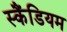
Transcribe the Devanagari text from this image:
स्कैंडियम